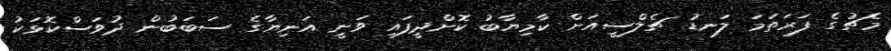
މެޗުގެ ފަރަތަމަ ލަނޑު ޗެލްސީއަށް ކާމިޔާބު ކޮށްދީފައި ވަނީ އަނިޔާގެ ސަބަބުން ދުވަސްކޮޅަކު